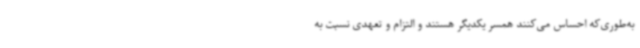
به‌طوری‌که احساس می‌کنند همسر یکدیگر هستند و التزام و تعهدی نسبت به